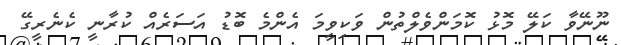
ނޫނޭވާ ކަލޭ މޮޅު ކޮމަންވެލްތުން ވަކިވީމަ އެންމެ ބޮޑު އަސަރެއް ކުރާނީ ކެނެރީގޭ